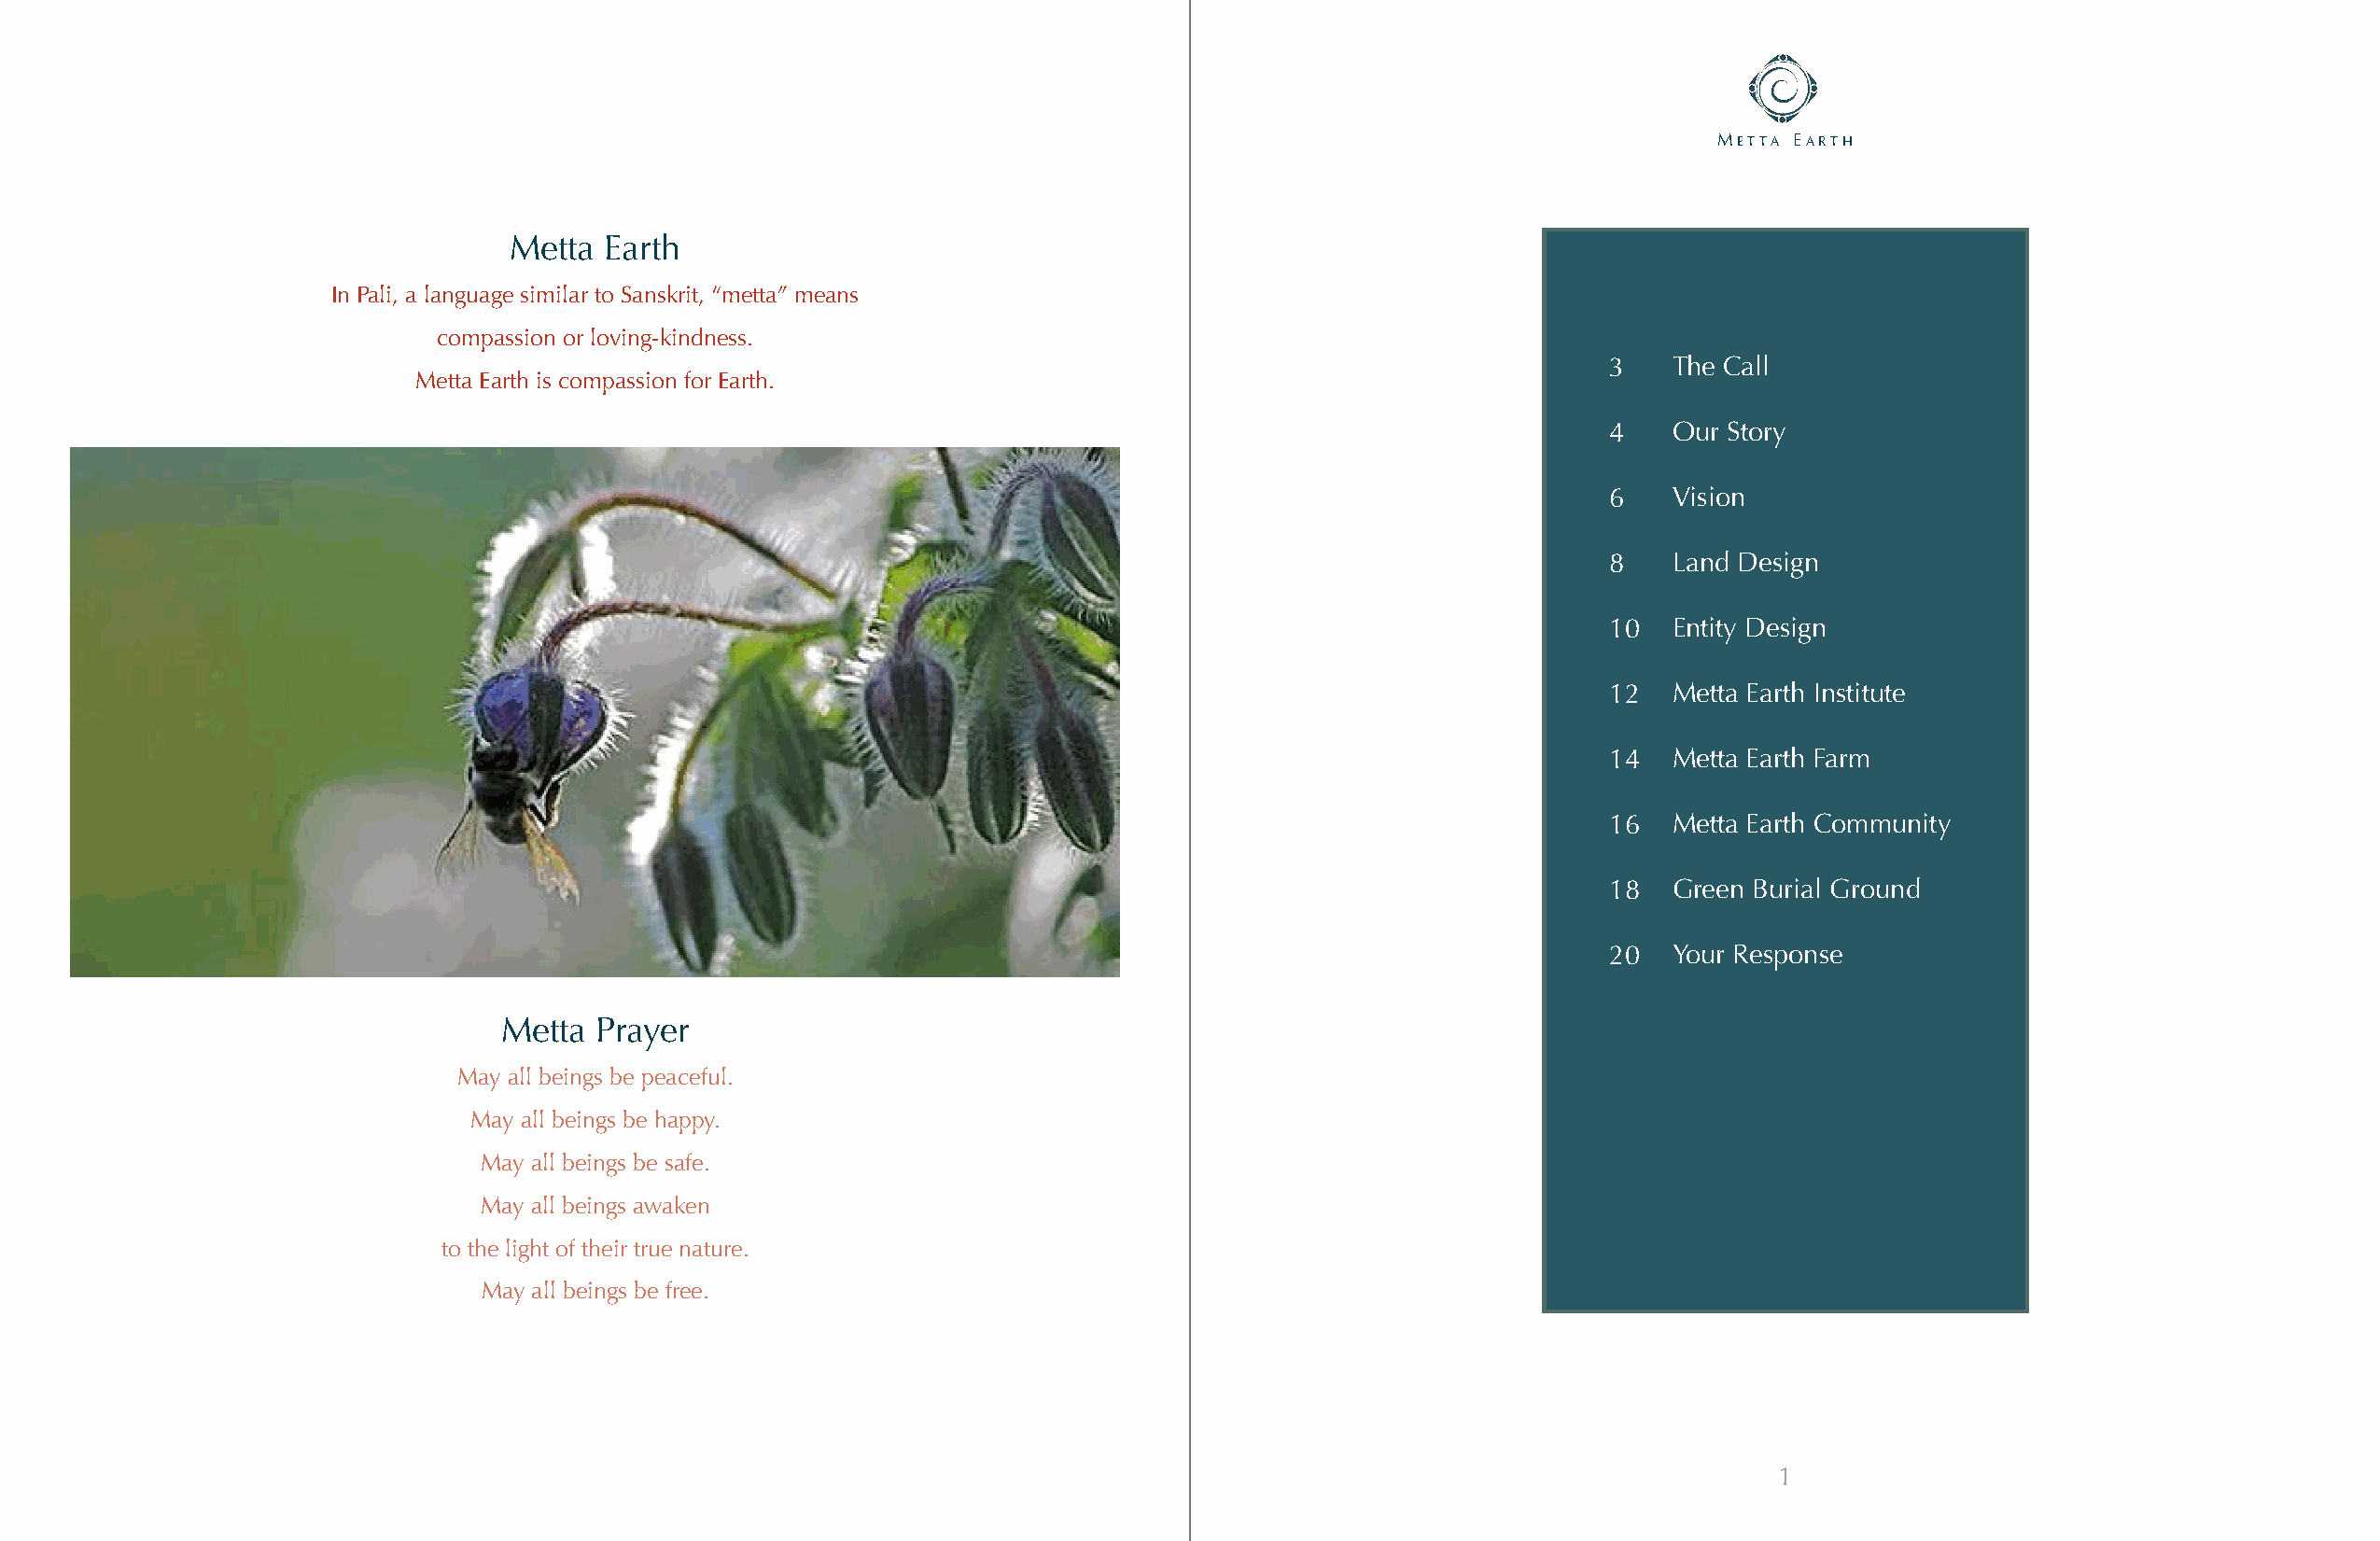
Metta earth
 Metta  Earth
 In Pali, a language similar to Sanskrit, “metta” means
 compassion or loving-kindness.
 3    The Call
 Metta Earth is compassion for Earth.
 4    Our Story
 6    Vision
 8    Land Design
 10   Entity Design
 12   Metta Earth Institute
 14   Metta Earth Farm
 16   Metta Earth Community
 18   Green Burial Ground
 20   Your Response
 Metta Prayer
 May all beings be peaceful.
 May all beings be happy.
 May all beings be safe.
 May all beings awaken
 to the light of their true nature.
 May all beings be free.
 1